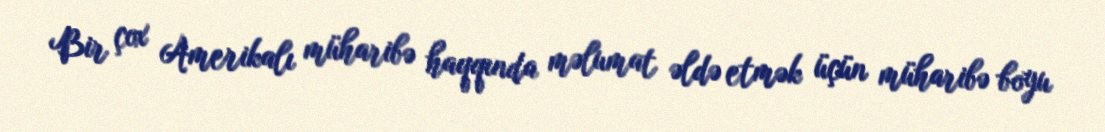
Bir çox Amerikalı müharibə haqqında məlumat əldə etmək üçün müharibə boyu